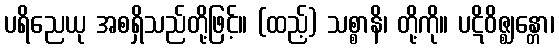
ပရိညေယု အစရှိသည်တို့ဖြင့်။ (ထည့်) သစ္စာနိ၊ တို့ကို။ ပဋိဝိဇ္ဈန္တော၊